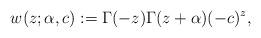
LaTeX: \begin{align*}w(z;\alpha,c):=\Gamma(-z)\Gamma(z+\alpha)(-c)^z,\end{align*}